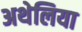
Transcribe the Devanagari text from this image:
अथेलिया